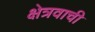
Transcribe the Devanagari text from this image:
क्षेत्रवाची